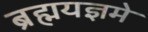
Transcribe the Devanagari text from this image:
ब्रह्मयज्ञमे